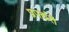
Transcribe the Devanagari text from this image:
प्रपद्यंते